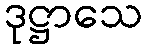
ဒုဋ္ဌာသေ